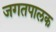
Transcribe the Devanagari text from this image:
जगतपालक